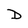
Character: D